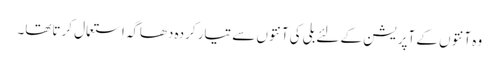
وہ آنتوں کے آپریشن کے لئے بلی کی آنتوں سے تیار کردہ دھاگہ اِستعمال کرتاتھا۔